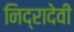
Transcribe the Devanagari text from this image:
निद्रादेवी